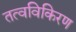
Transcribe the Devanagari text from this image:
तत्वविकिरण